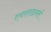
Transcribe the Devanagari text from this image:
एयरलाइनर्स